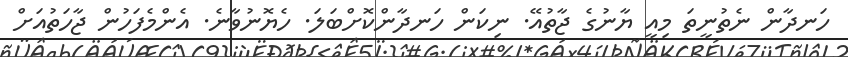
ހަނދާން ނެތުނީތަ މިއީ ޔާނުގެ ޖާތުއޭ. ނިކަން ހަނދާންކޮށްބަލަ. ހެޔޮނުވާނެ. އެންމެފަހުން ޖާހަތުއަށް